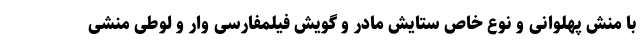
با منش پهلوانی و نوع خاص ستایش مادر و گویش فیلمفارسی وار و لوطی مَنِشی